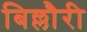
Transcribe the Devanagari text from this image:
बिल्लौरी